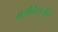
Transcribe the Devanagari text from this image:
मूत्रविसर्जन